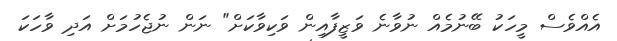
އެއްވެސް މީހަކު ބޭނުމެއް ނުވާނެ ވަޒީފާއިން ވަކިވާކަށް" ނަން ނުޖެހުމަށް އަދި ވާހަކަ